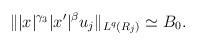
LaTeX: \begin{align*} \||x|^{\gamma_3}|x'|^{\beta}u_j\|_{L^q(R_j)}\simeq B_0. \end{align*}